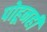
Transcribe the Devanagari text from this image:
पोहूनही